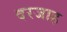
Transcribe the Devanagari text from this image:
दरजाह